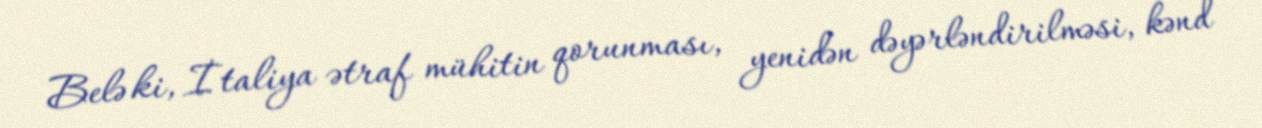
Belə ki, İtaliya ətraf mühitin qorunması, yenidən dəyərləndirilməsi, kənd